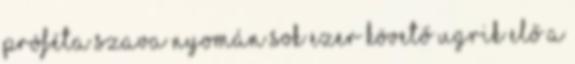
próféta szava nyomán sok ezer követő ugrik elő a